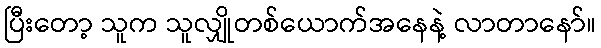
ပြီးတော့ သူက သူလျှိုတစ်ယောက်အနေနဲ့ လာတာနော်။